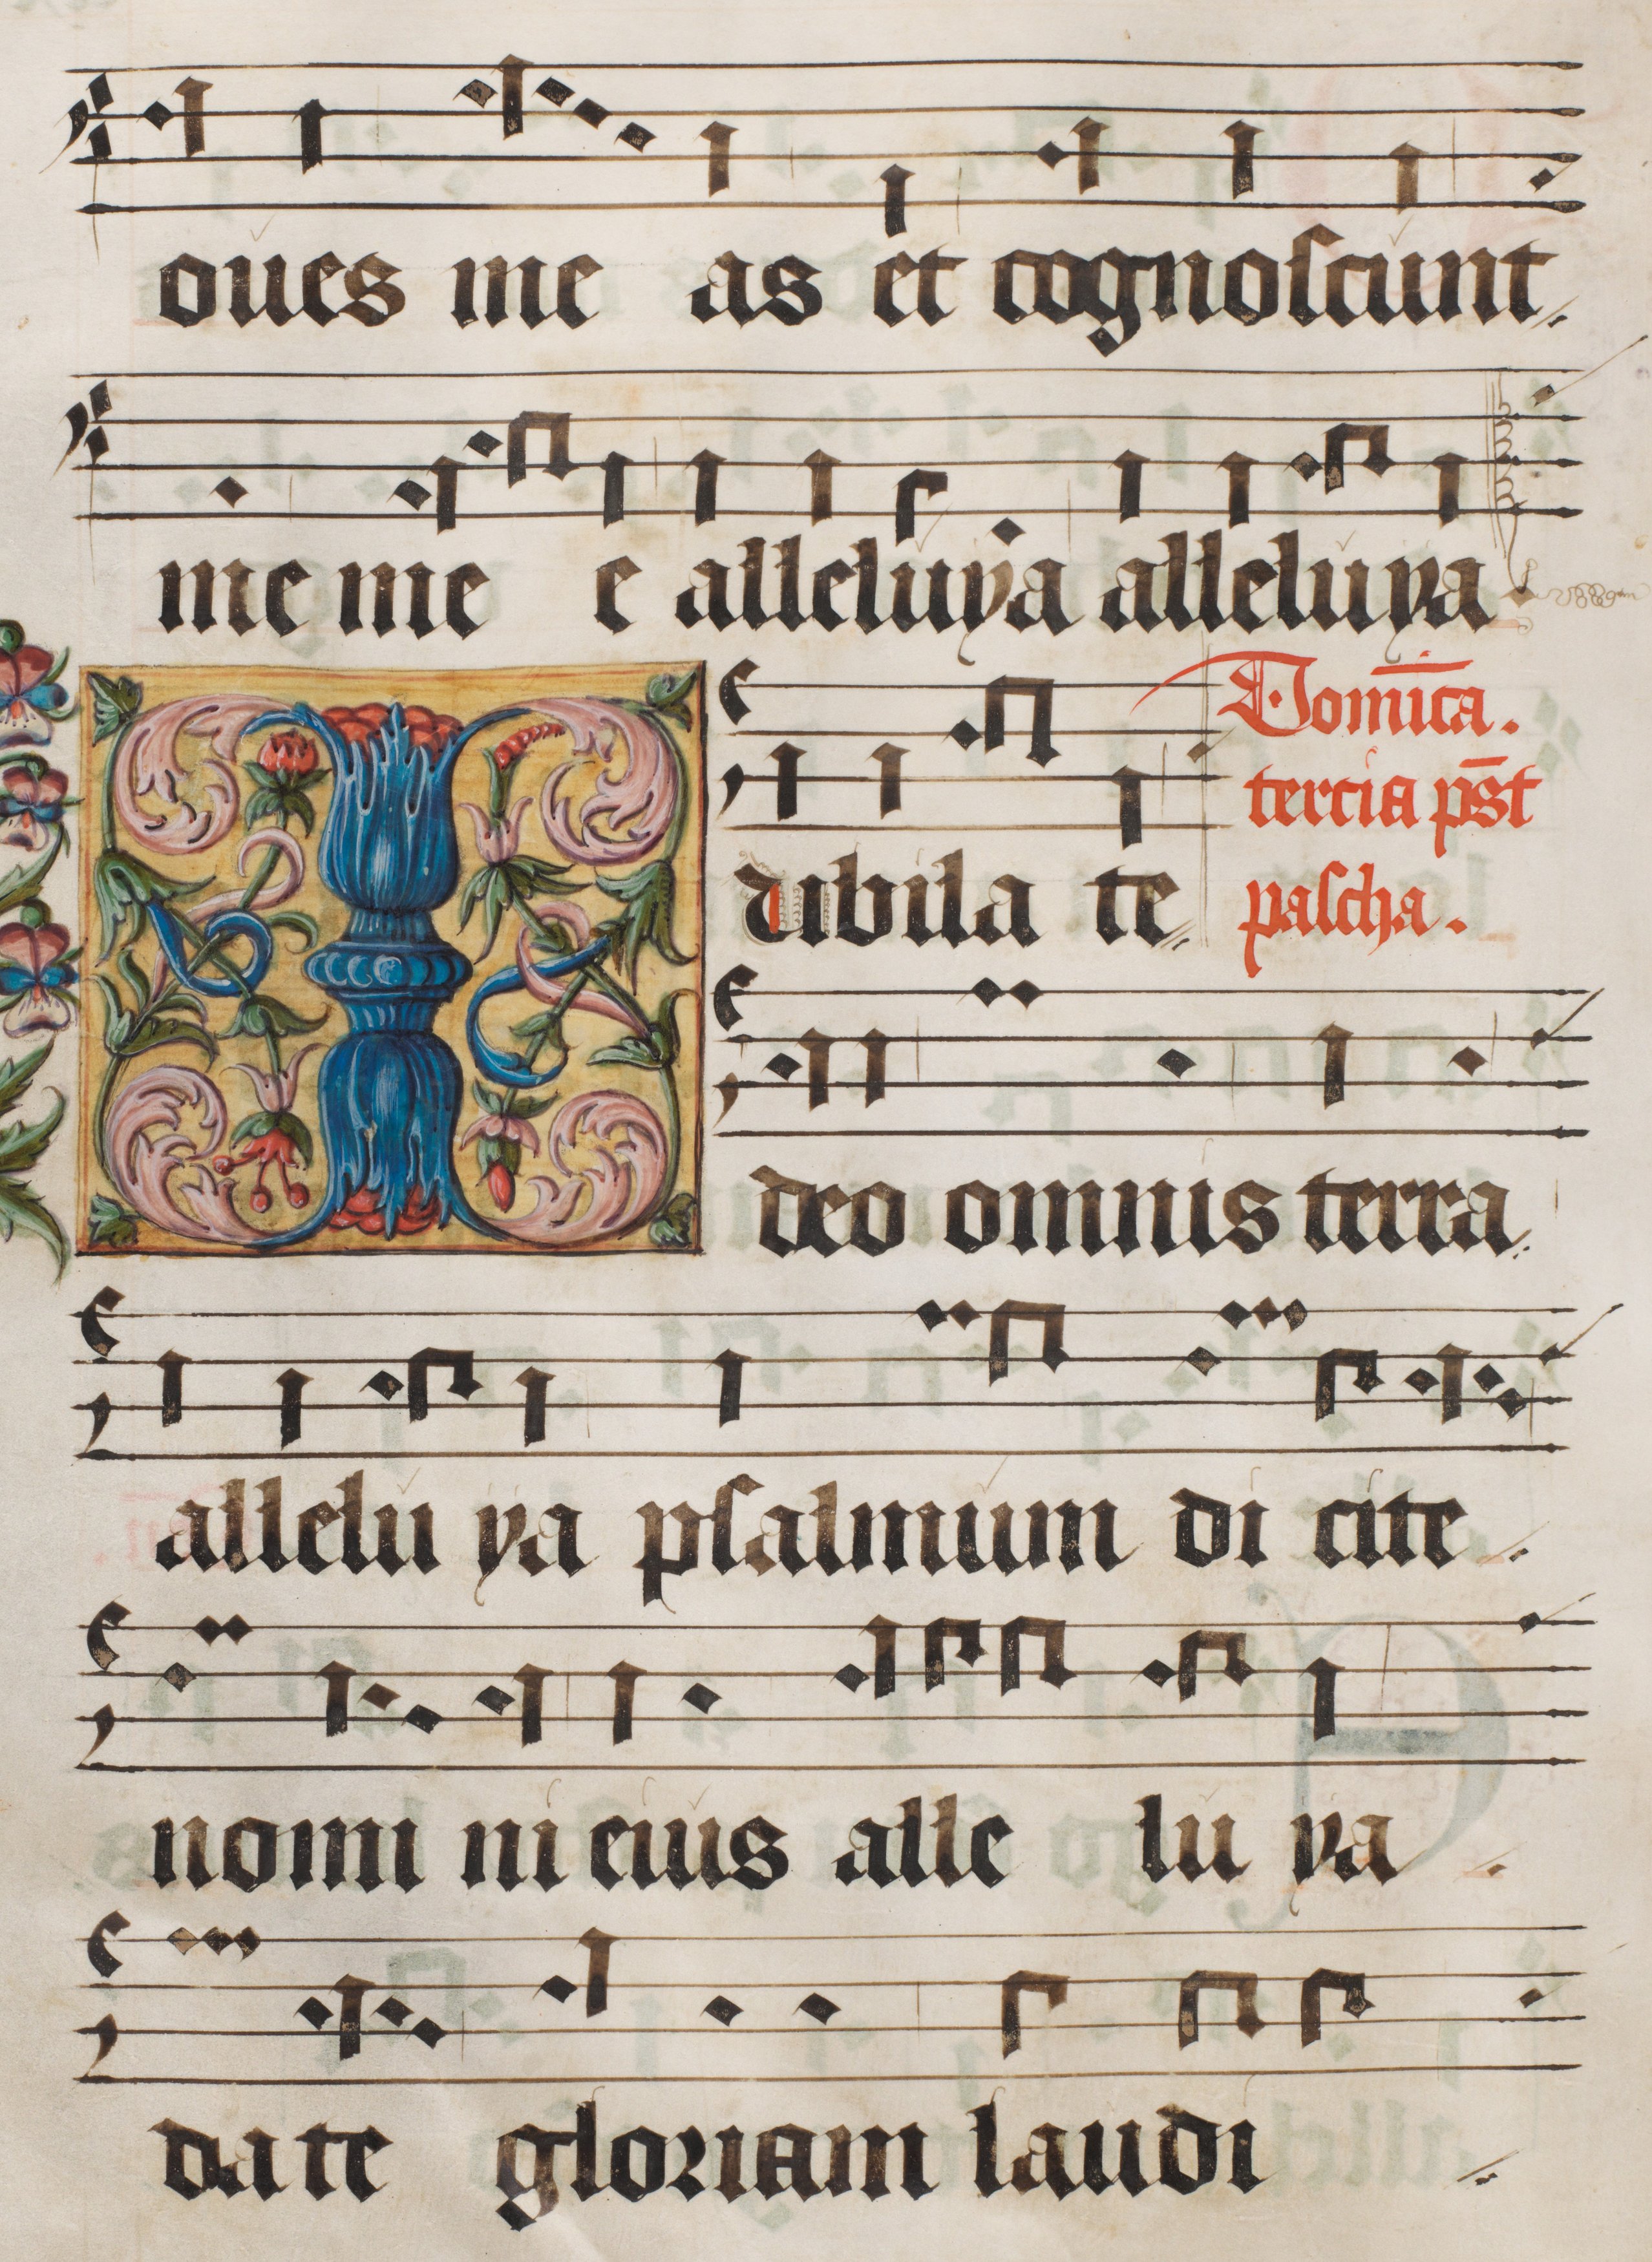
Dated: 1556–1559